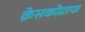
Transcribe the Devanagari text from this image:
क्रेसकोग्राफ